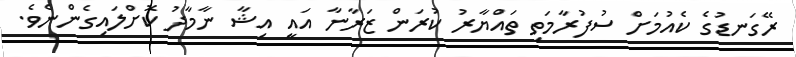
ރޭގަނޑުގެ ކެއުމަށް ސުފުރާމަތި ތައްޔާރު ކުރަން ޒަރާނާ އައީ އިޝާ ނާމާދު ކޮށްލައިގެންނެވެ.